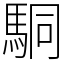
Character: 駧